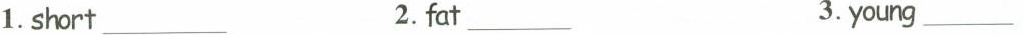
1. short__ 2. fat__ 3. young __